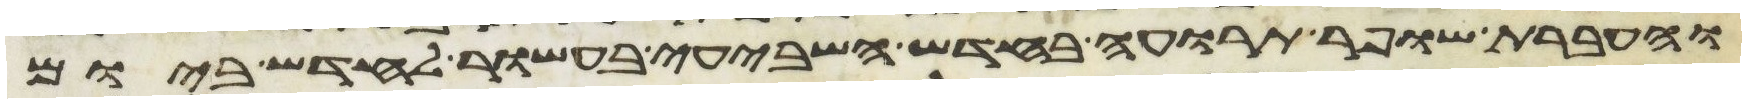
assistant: והעברת שופר תרועה בחדש השביעי בעשור לחדש ביום